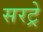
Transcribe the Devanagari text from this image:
सरट्रे